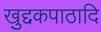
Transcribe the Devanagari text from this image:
खुद्दकपाठादि